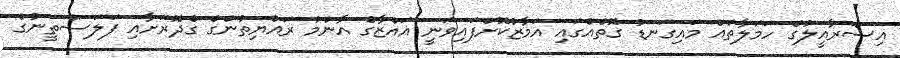
އިސްރާއީލުގެ ހަމަލާތައް މައިގަނޑު ގޮތެއްގައި އަމާޒުކޮށްފައިވަނީ ޣައްޒާގެ އާންމު ރައްޔިތުންގެ ގެދޮރަށާއި ފަލަސްތީނުގެ